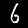
Digit: 6